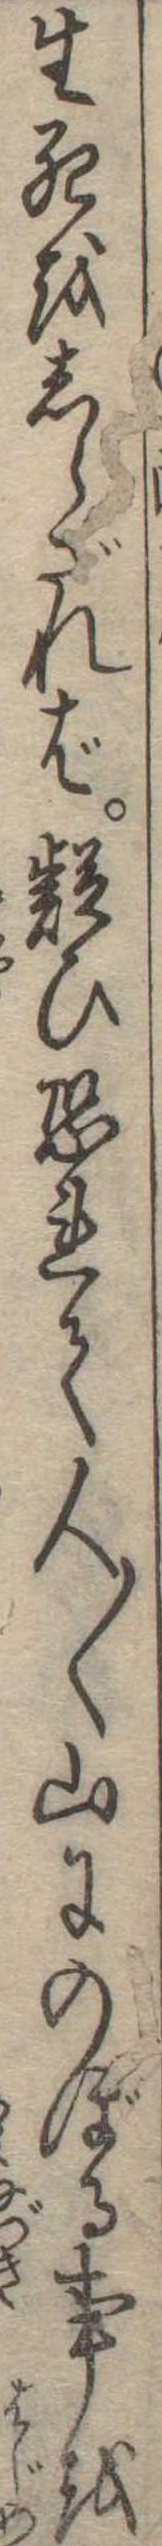
生死をしらざれば疑ひ恐れて人〱山にのぼる事を